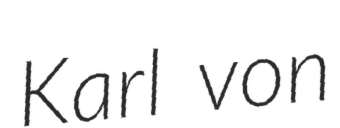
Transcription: Karl von